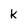
Character: k